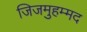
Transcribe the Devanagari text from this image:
जिजमुहम्मद